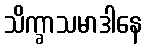
သိက္ခာသမာဒါနေ